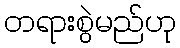
တရားစွဲမည်ဟု